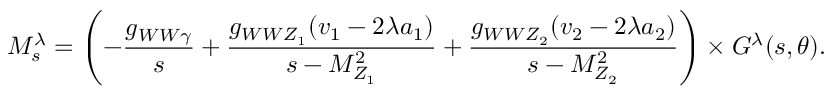
{ \cal M } _ { s } ^ { \lambda } = \left( - \frac { g _ { W W \gamma } } { s } + \frac { g _ { W W Z _ { 1 } } ( v _ { 1 } - 2 \lambda a _ { 1 } ) } { s - M _ { Z _ { 1 } } ^ { 2 } } + \frac { g _ { W W Z _ { 2 } } ( v _ { 2 } - 2 \lambda a _ { 2 } ) } { s - M _ { Z _ { 2 } } ^ { 2 } } \right) \times { \cal G } ^ { \lambda } ( s , \theta ) .